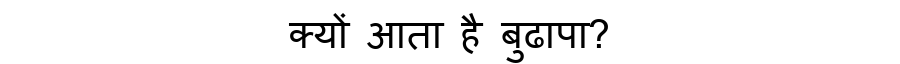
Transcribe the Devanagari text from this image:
क्यों आता है बुढापा?